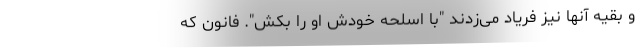
و بقیه آنها نیز فریاد می‌زدند "با اسلحه خودش او را بکش". فانون که